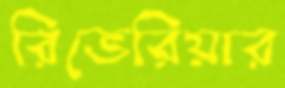
রিভেরিয়ার